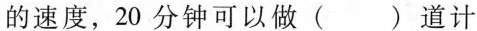
的速度，20分钟可以做( )道计